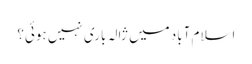
اسلام آباد میں ژالہ باری نہیں ہوئی؟